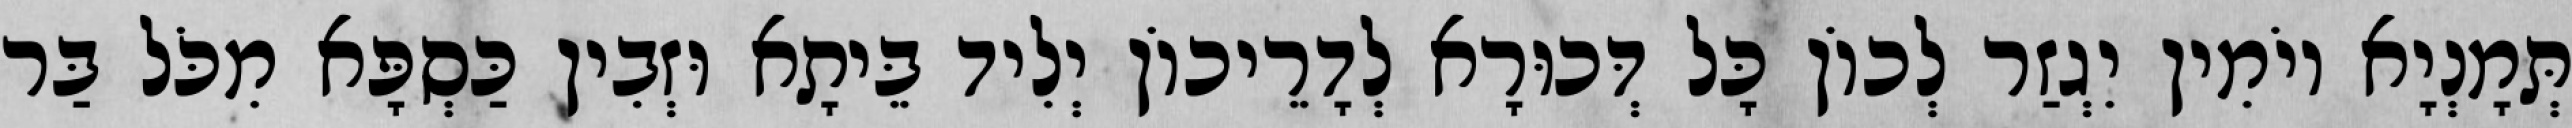
תְּמָנְיָא יוֹמִין יִגְזַר לְכוֹן כָּל דְּכוּרָא לְדָרֵיכוֹן יְלִיד בֵּיתָא וּזְבִין כַּסְפָּא מִכֹּל בַּר